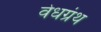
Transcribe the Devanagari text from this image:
वेधग्रंथ